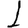
Digit: 1